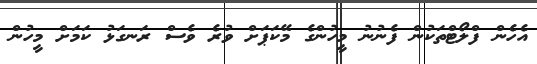
އެހެން ފްލޯޓްތަކުން ފެނުނު މީހުންގެ މޭކަޕަށް ވުރެ ވެސް ރަނގަޅު ކަމަށް މީހުން